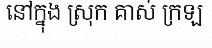
នៅក្នុង ស្រុក គាស់ ក្រឡ